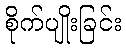
စိုက်ပျိုးခြင်း